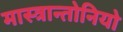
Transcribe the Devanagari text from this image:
मास्त्रान्तोनियो